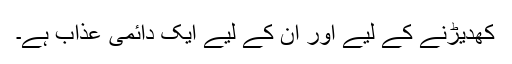
کھدیڑنے کے لیے اور ان کے لیے ایک دائمی عذاب ہے۔